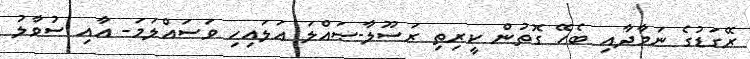
ރޭގަޑުގެ ނަމާދާއި ބެހޭ ގޮތުން ކީރިތި ރަސޫލާ-ޞައްލަ ޢަލައިހި ވަސައްލަމަ- އާއި ސުވާލު